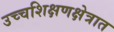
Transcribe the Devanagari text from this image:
उच्चशिक्षणक्षेत्रात